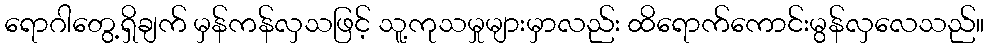
ရောဂါတွေ့ရှိချက် မှန်ကန်လှသဖြင့် သူ့ကုသမှုများမှာလည်း ထိရောက်ကောင်းမွန်လှလေသည်။